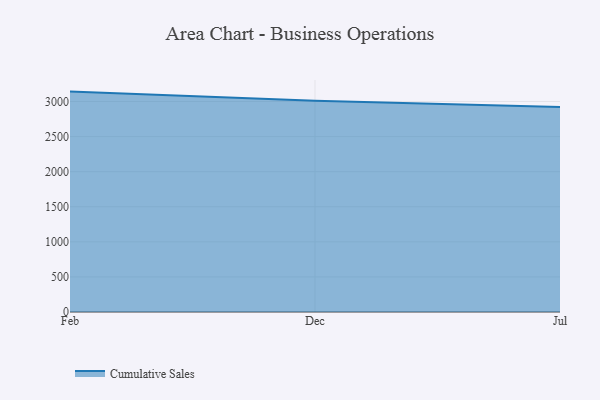
{"axis": {"x": "Month", "y": "Humidity (%)"}, "legend": ["Cumulative Sales"], "data": [{"x": "Feb", "y": 3141.0, "type": "Cumulative Sales"}, {"x": "Dec", "y": 3011.2, "type": "Cumulative Sales"}, {"x": "Jul", "y": 2923.1, "type": "Cumulative Sales"}]}